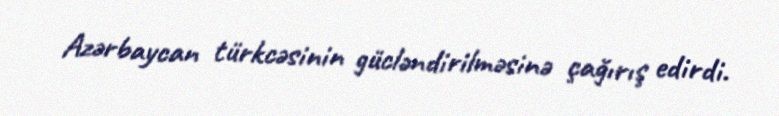
Azərbaycan türkcəsinin gücləndirilməsinə çağırış edirdi.